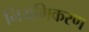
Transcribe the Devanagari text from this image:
नियमिकरण